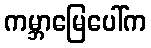
ကမ္ဘာမြေပေါ်က